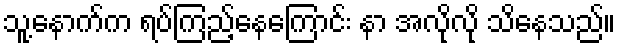
သူ့နောက်က ရပ်ကြည့်နေကြောင်း နာ အလိုလို သိနေသည်။